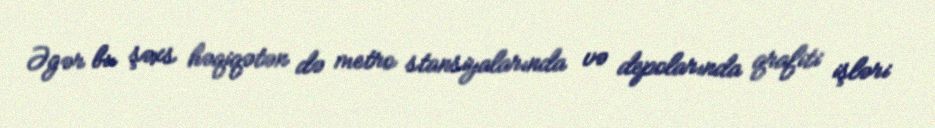
Əgər bu şəxs həqiqətən də metro stansiyalarında və depolarında qrafiti işləri